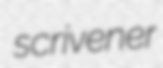
scrivener